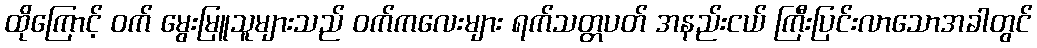
ထိုကြောင့် ဝက် မွေးမြူသူများသည် ဝက်ကလေးများ ရက်သတ္တပတ် အနည်းငယ် ကြီးပြင်းလာသောအခါတွင်